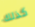
كذلك